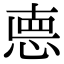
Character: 㥁